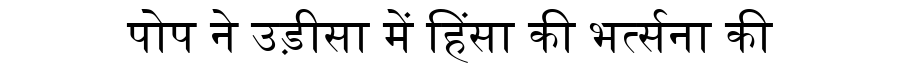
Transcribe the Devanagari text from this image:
पोप ने उड़ीसा में हिंसा की भर्त्सना की